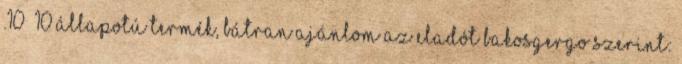
.10 10 állapotú termék, bátran ajánlom az eladót bakosgergo szerint: